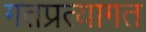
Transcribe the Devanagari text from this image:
गतप्रत्यागत